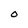
Character: O